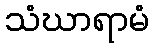
သံဃာရာမံ